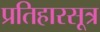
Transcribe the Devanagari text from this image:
प्रतिहारसूत्र